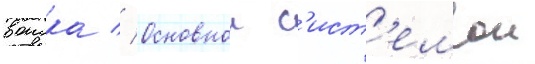
воиска // Основнои с'ист'емои